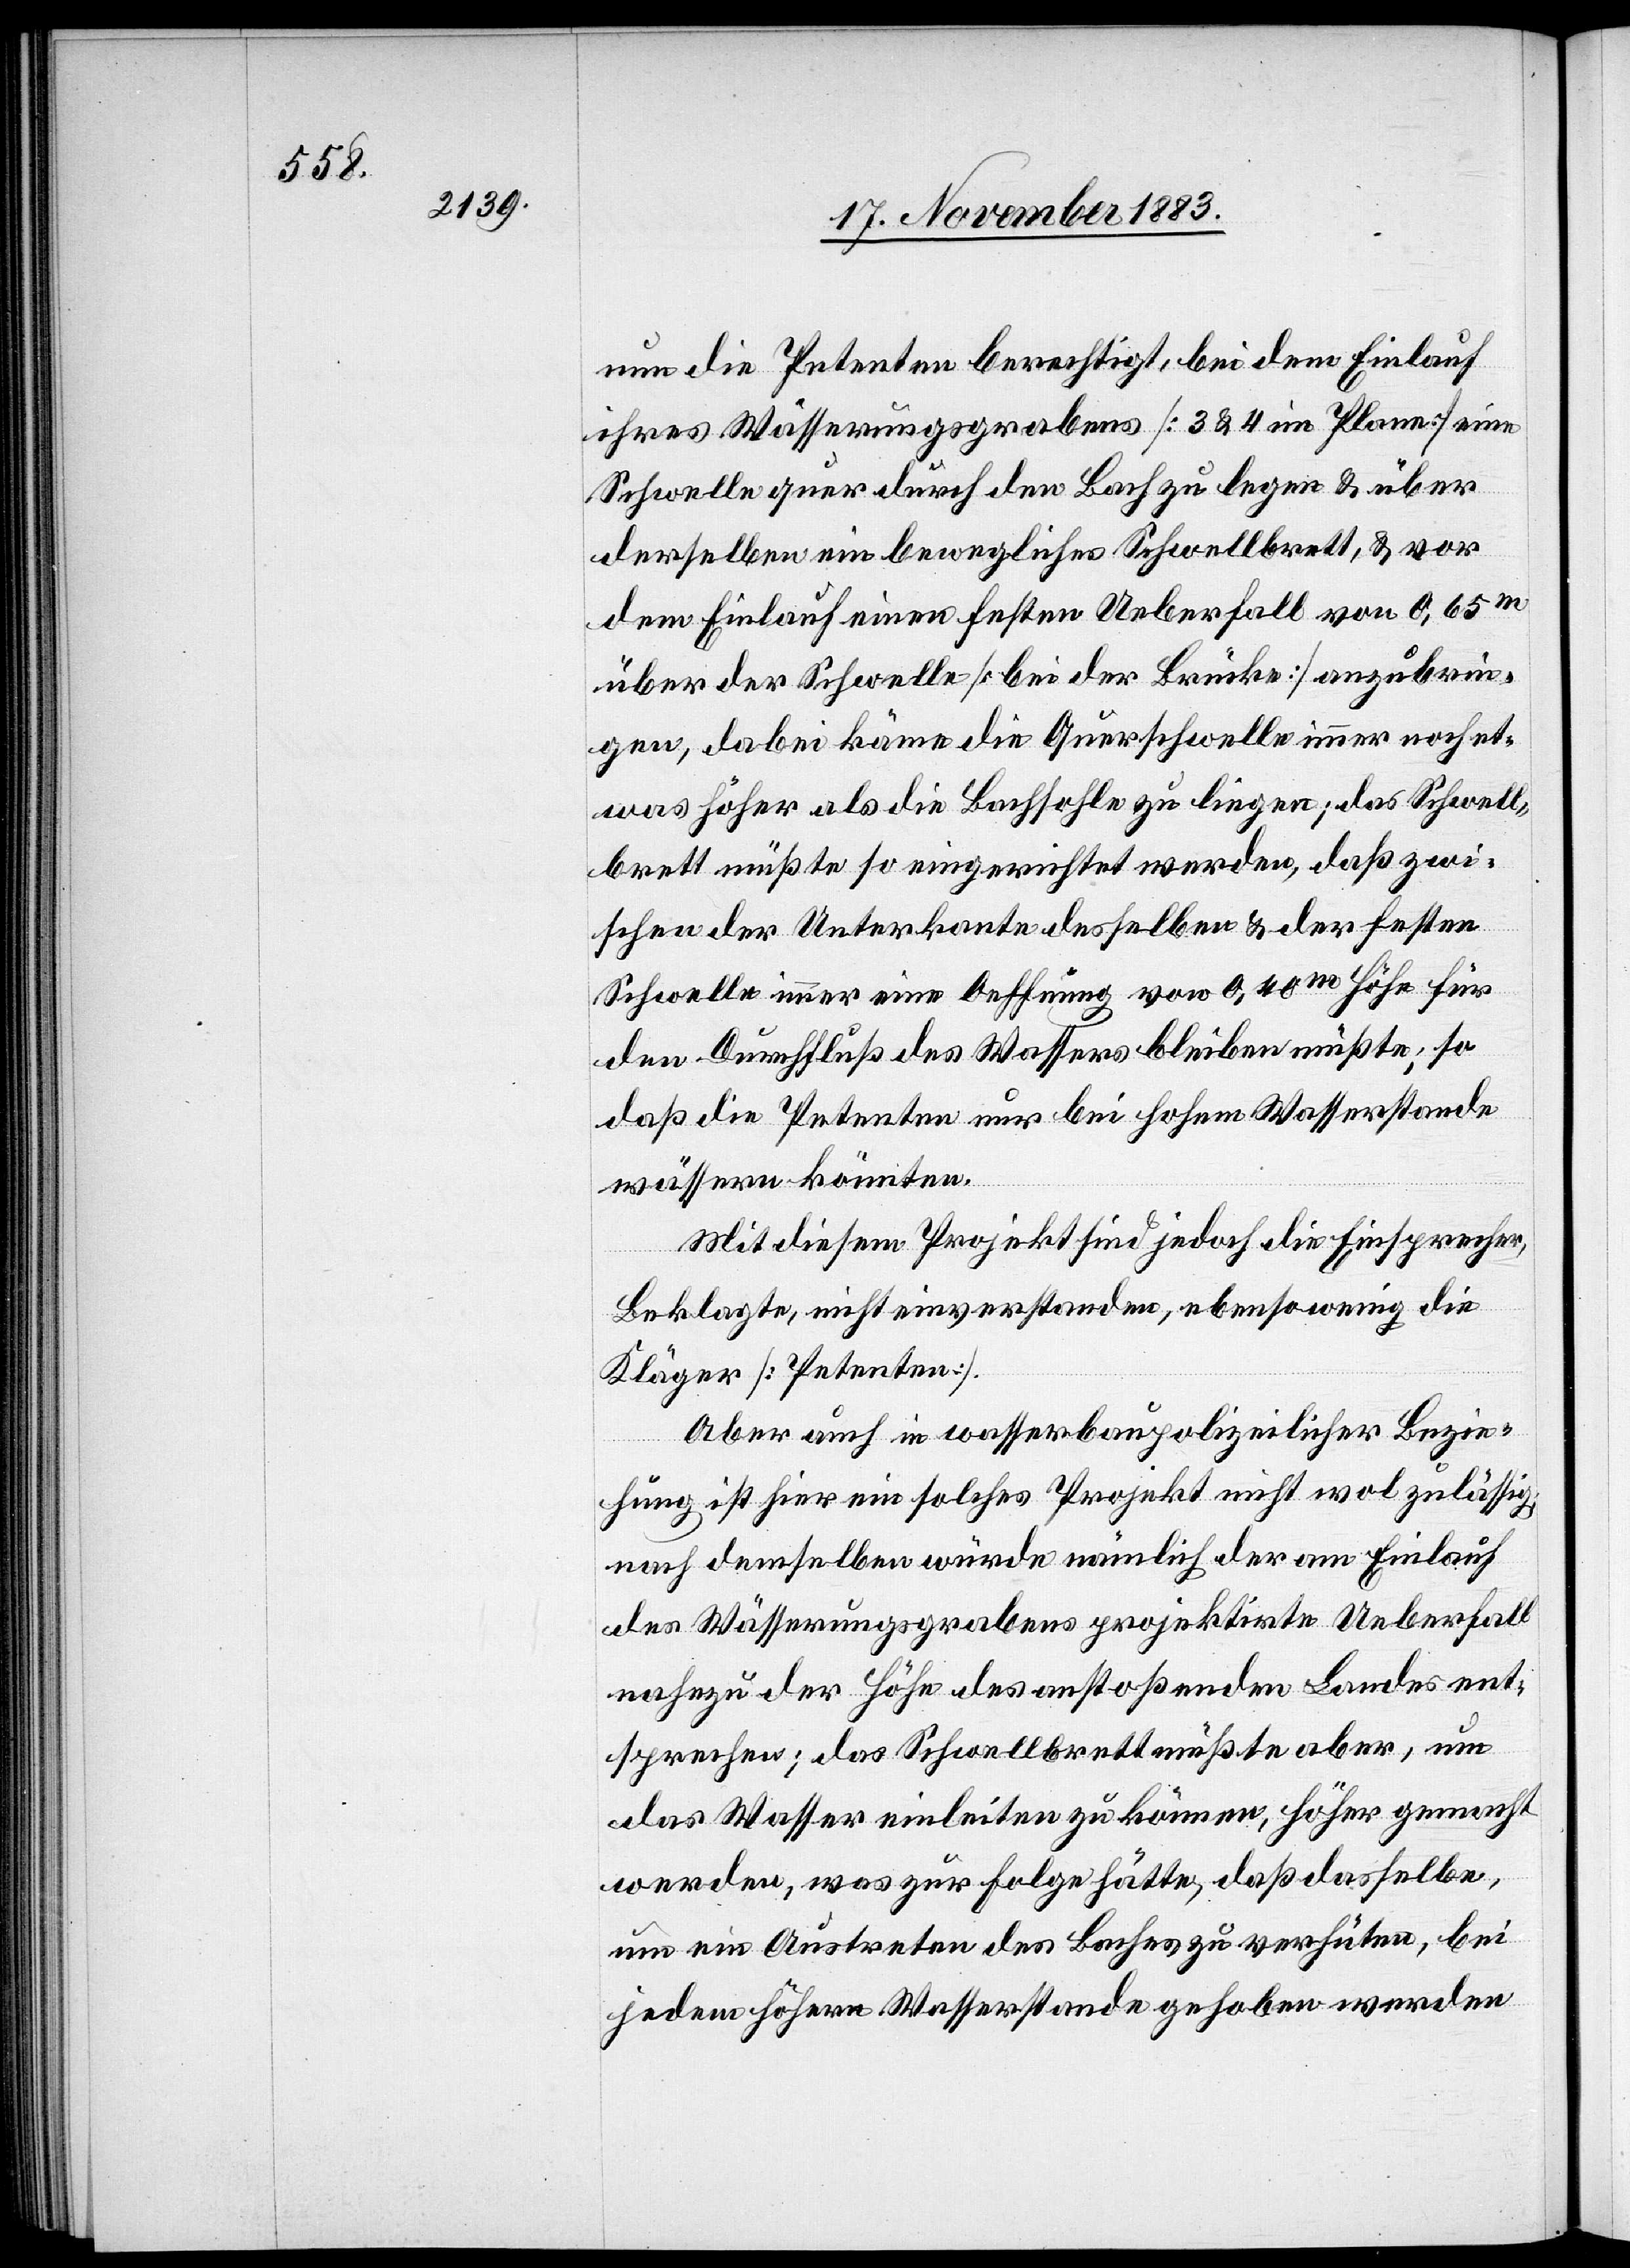
nun die Petenten berechtigt, bei dem Einlauf
ihres Wässerungsgrabens [3 & 4 im Plane] eine
Schwelle quer durch den Bach zu legen & über
derselben ein bewegliches Schwellbrett, & vor
dem Einlauf einen festen Ueberfall von 0,65m
über der Schwelle [bei der Brücke] anzubrin¬
gen, dabei käme die Querschwelle immer noch et¬
was höher als die Bachsohle zu liegen; das Schwell¬
brett müßte so eingerichtet werden, daß zwi¬
schen der Unterkante desselben & der festen
Schwelle immer eine Oeffnung von 0,40m Höhe für
den Durchfluß des Wassers bleiben müßte; so
daß die Petenten nur bei hohem Wasserstande
wässern könnten.
Mit diesem Projekt sind jedoch die Einsprecher,
Beklagte, nicht einverstanden, ebenso wenig die
Kläger [Petenten].
Aber auch im wasserbaupolizeilicher Bezie¬
hung ist hier ein solches Projekt nicht wol zulässig;
nach demselben würde nämlich der am Einlauf
des Wässerungsgrabens projektirte Ueberfall
nahezu der Höhe des anstoßenden Landes ent¬
sprechen; das Schwellbrett müßte aber, um
das Wasser einleiten zu können, höher gemacht
werden, was zur Folge hätte, daß dasselbe,
um ein Austreten des Baches zu verhüten, bei
jedem höhern Wasserstande gehoben werden